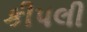
કીપલી